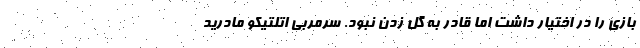
بازی را در اختیار داشت اما قادر به گل زدن نبود. سرمربی اتلتیکو مادرید